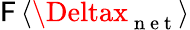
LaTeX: \mathsf{F}\left\langle\Deltax_{\mathrm{{~n~e~t~}}}\right\rangle